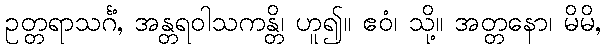
ဥတ္တရာသင်္ဂံ, အန္တရဝါသကန္တိ၊ ဟူ၍။ ဧဝံ၊ သို့။ အတ္တနော၊ မိမိ,